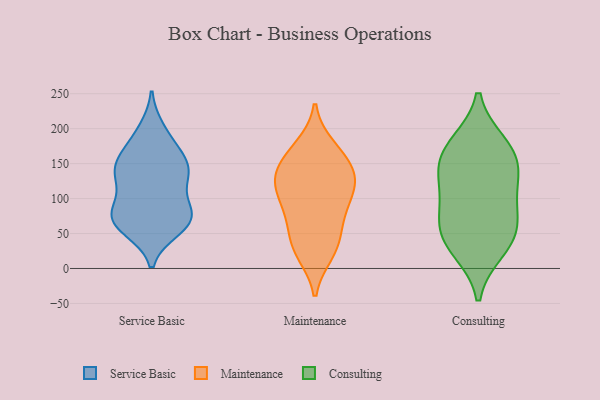
{"axis": {"x": "Bounce Rate (%)", "y": "Value"}, "legend": ["Consulting", "Maintenance", "Service Basic"], "data": [{"x": "", "y": 73, "type": "Service Basic"}, {"x": "", "y": 132, "type": "Service Basic"}, {"x": "", "y": 90, "type": "Service Basic"}, {"x": "", "y": 70, "type": "Service Basic"}, {"x": "", "y": 69, "type": "Service Basic"}, {"x": "", "y": 144, "type": "Service Basic"}, {"x": "", "y": 57, "type": "Service Basic"}, {"x": "", "y": 86, "type": "Service Basic"}, {"x": "", "y": 133, "type": "Service Basic"}, {"x": "", "y": 160, "type": "Service Basic"}, {"x": "", "y": 127, "type": "Service Basic"}, {"x": "", "y": 186, "type": "Service Basic"}, {"x": "", "y": 198, "type": "Service Basic"}, {"x": "", "y": 61, "type": "Service Basic"}, {"x": "", "y": 73, "type": "Service Basic"}, {"x": "", "y": 144, "type": "Service Basic"}, {"x": "", "y": 156, "type": "Service Basic"}, {"x": "", "y": 135, "type": "Maintenance"}, {"x": "", "y": 31, "type": "Maintenance"}, {"x": "", "y": 60, "type": "Maintenance"}, {"x": "", "y": 26, "type": "Maintenance"}, {"x": "", "y": 157, "type": "Maintenance"}, {"x": "", "y": 90, "type": "Maintenance"}, {"x": "", "y": 61, "type": "Maintenance"}, {"x": "", "y": 110, "type": "Maintenance"}, {"x": "", "y": 91, "type": "Maintenance"}, {"x": "", "y": 129, "type": "Maintenance"}, {"x": "", "y": 174, "type": "Maintenance"}, {"x": "", "y": 111, "type": "Maintenance"}, {"x": "", "y": 168, "type": "Maintenance"}, {"x": "", "y": 22, "type": "Maintenance"}, {"x": "", "y": 139, "type": "Maintenance"}, {"x": "", "y": 129, "type": "Maintenance"}, {"x": "", "y": 28, "type": "Consulting"}, {"x": "", "y": 177, "type": "Consulting"}, {"x": "", "y": 170, "type": "Consulting"}, {"x": "", "y": 43, "type": "Consulting"}, {"x": "", "y": 74, "type": "Consulting"}, {"x": "", "y": 48, "type": "Consulting"}, {"x": "", "y": 134, "type": "Consulting"}, {"x": "", "y": 123, "type": "Consulting"}, {"x": "", "y": 88, "type": "Consulting"}, {"x": "", "y": 155, "type": "Consulting"}]}